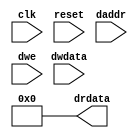
`timescale 1ns/1ps
`define OUTFILE "output.txt"

module outperiph (
    input clk,
    input reset,
    input [31:0] daddr,
    input [31:0] dwdata,
    input [3:0] dwe,
    output [31:0] drdata
);

    // Implement the peripheral logic here: use $fwrite to the file output.txt
    // Use the `define above to open the file so that it can be 
    // overridden later if needed

    // Return value from here (if requested based on address) should
    // be the number of values written so far
    
    assign drdata = 0;  

endmodule